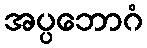
အပ္ပဘောဂံ